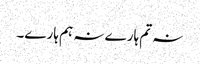
نہ تم ہارے نہ ہم ہارے۔